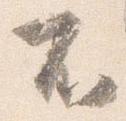
不